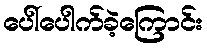
ပေါ်ပေါက်ခဲ့ကြောင်း